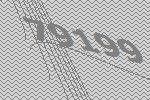
79199